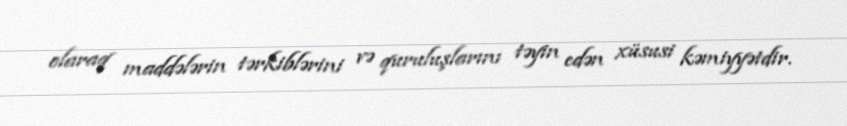
olaraq maddələrin tərkiblərini və quruluşlarını təyin edən xüsusi kəmiyyətdir.